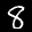
Label: 8